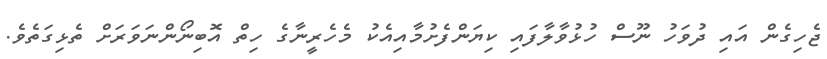
ޖެހިގެން އައި ދުވަހު ނޫސް ހުޅުވާލާފައި ކިޔަންފެށުމާއިއެކު މެހެރީނާގެ ހިތް އޮބިނޯންނަވަރަށް ތެޅިގަތެވެ.